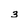
Character: 3